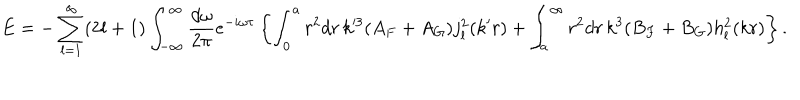
LaTeX: E = - \sum _ { l = 1 } ^ { \infty } ( 2 l + 1 ) \int _ { - \infty } ^ { \infty } { \frac { d \omega } { 2 \pi } } e ^ { - i \omega \tau } \left\{ \int _ { 0 } ^ { a } r ^ { 2 } d r \, k ^ { \prime 3 } ( A _ { F } + A _ { G } ) j _ { l } ^ { 2 } ( k ^ { \prime } r ) + \int _ { a } ^ { \infty } r ^ { 2 } d r \, k ^ { 3 } ( B _ { F } + B _ { G } ) h _ { l } ^ { 2 } ( k r ) \right\} .